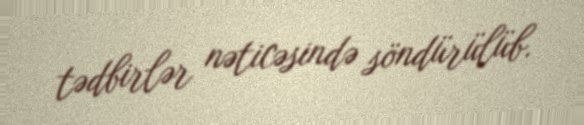
tədbirlər nəticəsində söndürülüb.